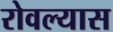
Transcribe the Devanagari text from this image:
रोवल्यास